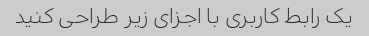
یک رابط کاربری با اجزای زیر طراحی کنید